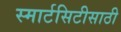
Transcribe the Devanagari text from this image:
स्मार्टसिटीसाठी